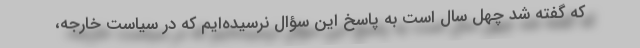
که گفته شد چهل سال است به پاسخ این سؤال نرسیده‌ایم که در سیاست خارجه،